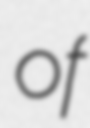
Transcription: of